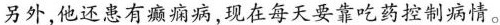
另外,他还患有癫痫病,现在每天要靠吃药控制病情。